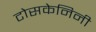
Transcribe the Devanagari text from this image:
टोसकेनिनी